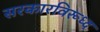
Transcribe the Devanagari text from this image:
सरकारविरूध्द